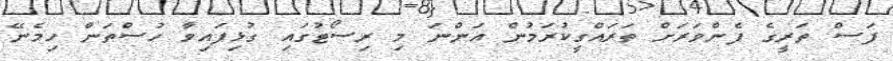
ފަސް ތަރީގެ ފެންވަރަށް ތަރައްގީކުރަމުން އަންނަ މި ރިސޯޓުގައި ގުޅިފައިވާ ހުސްތަން ހިމެނޭ